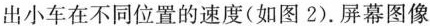
出小车在不同位置的速度(如图2).屏幕图像